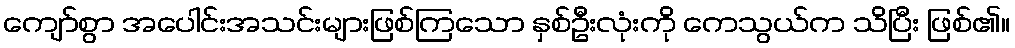
ကျော်စွာ အပေါင်းအသင်းများဖြစ်ကြသော နှစ်ဦးလုံးကို ကေသွယ်က သိပြီး ဖြစ်၏။